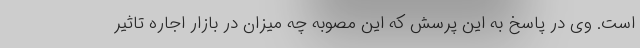
است. وی در پاسخ به این پرسش که این مصوبه چه میزان در بازار اجاره تاثیر